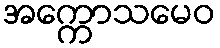
အက္ကောသမေဝ